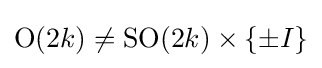
\operatorname {O} (2k)\neq \operatorname {SO} (2k)\times \{\pm I\}